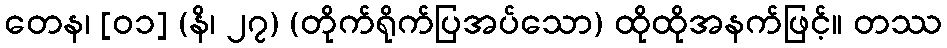
တေန၊ [၀၁] (နိ၊ ၂၇) (တိုက်ရိုက်ပြအပ်သော) ထိုထိုအနက်ဖြင့်။ တဿ